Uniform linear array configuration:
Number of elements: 8
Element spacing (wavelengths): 0.5
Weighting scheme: cosine
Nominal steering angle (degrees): -60
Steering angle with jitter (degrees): -59.677
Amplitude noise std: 0.05
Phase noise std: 0.05

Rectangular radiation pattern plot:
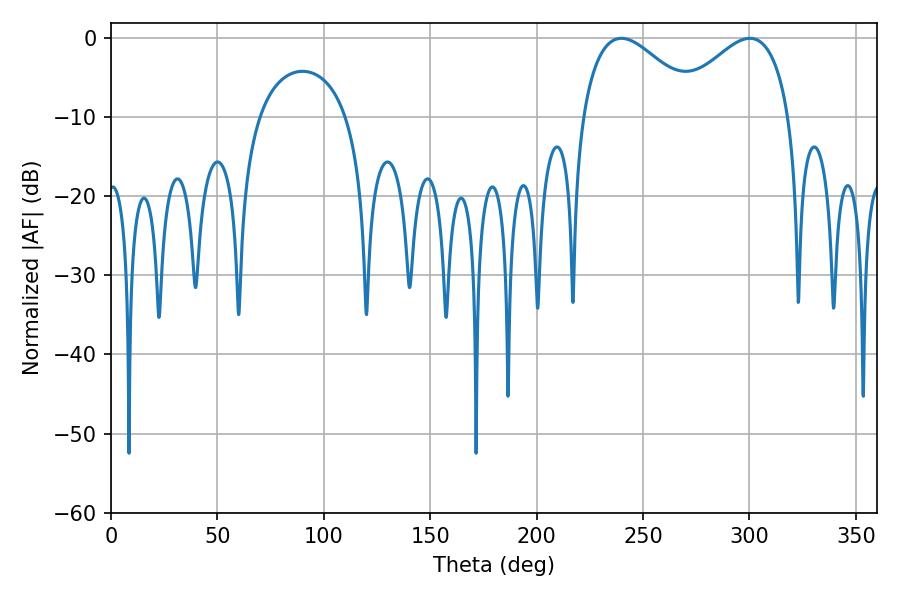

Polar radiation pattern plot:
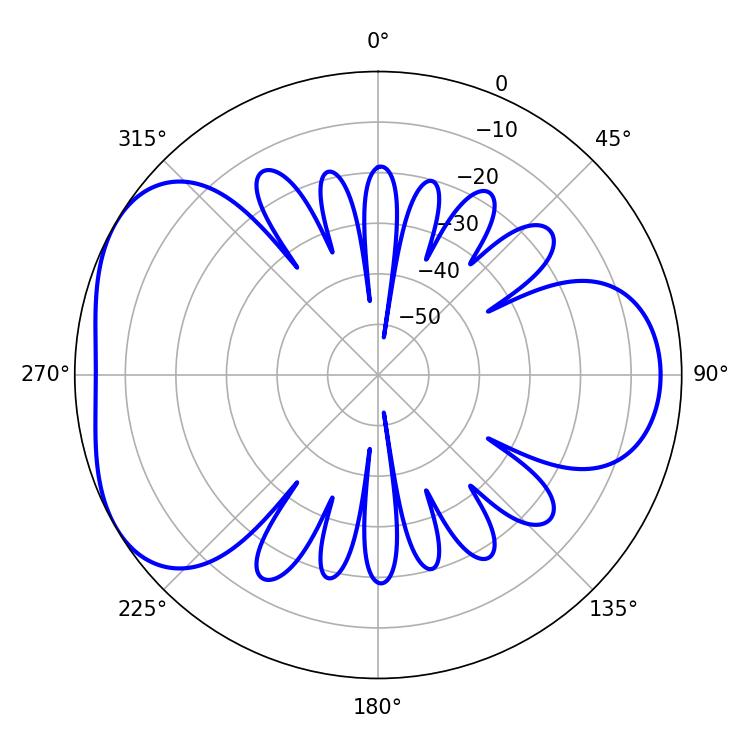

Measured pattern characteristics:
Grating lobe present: FALSE
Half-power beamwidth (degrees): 30.06
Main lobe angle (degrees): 239.76